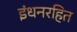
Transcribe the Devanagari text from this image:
इंधनरहित